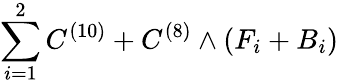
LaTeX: \sum_{i=1}^{2}C^{(10)}+C^{(8)}\wedge(F_{i}+B_{i})